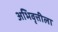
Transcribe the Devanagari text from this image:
अभिवृत्तीला